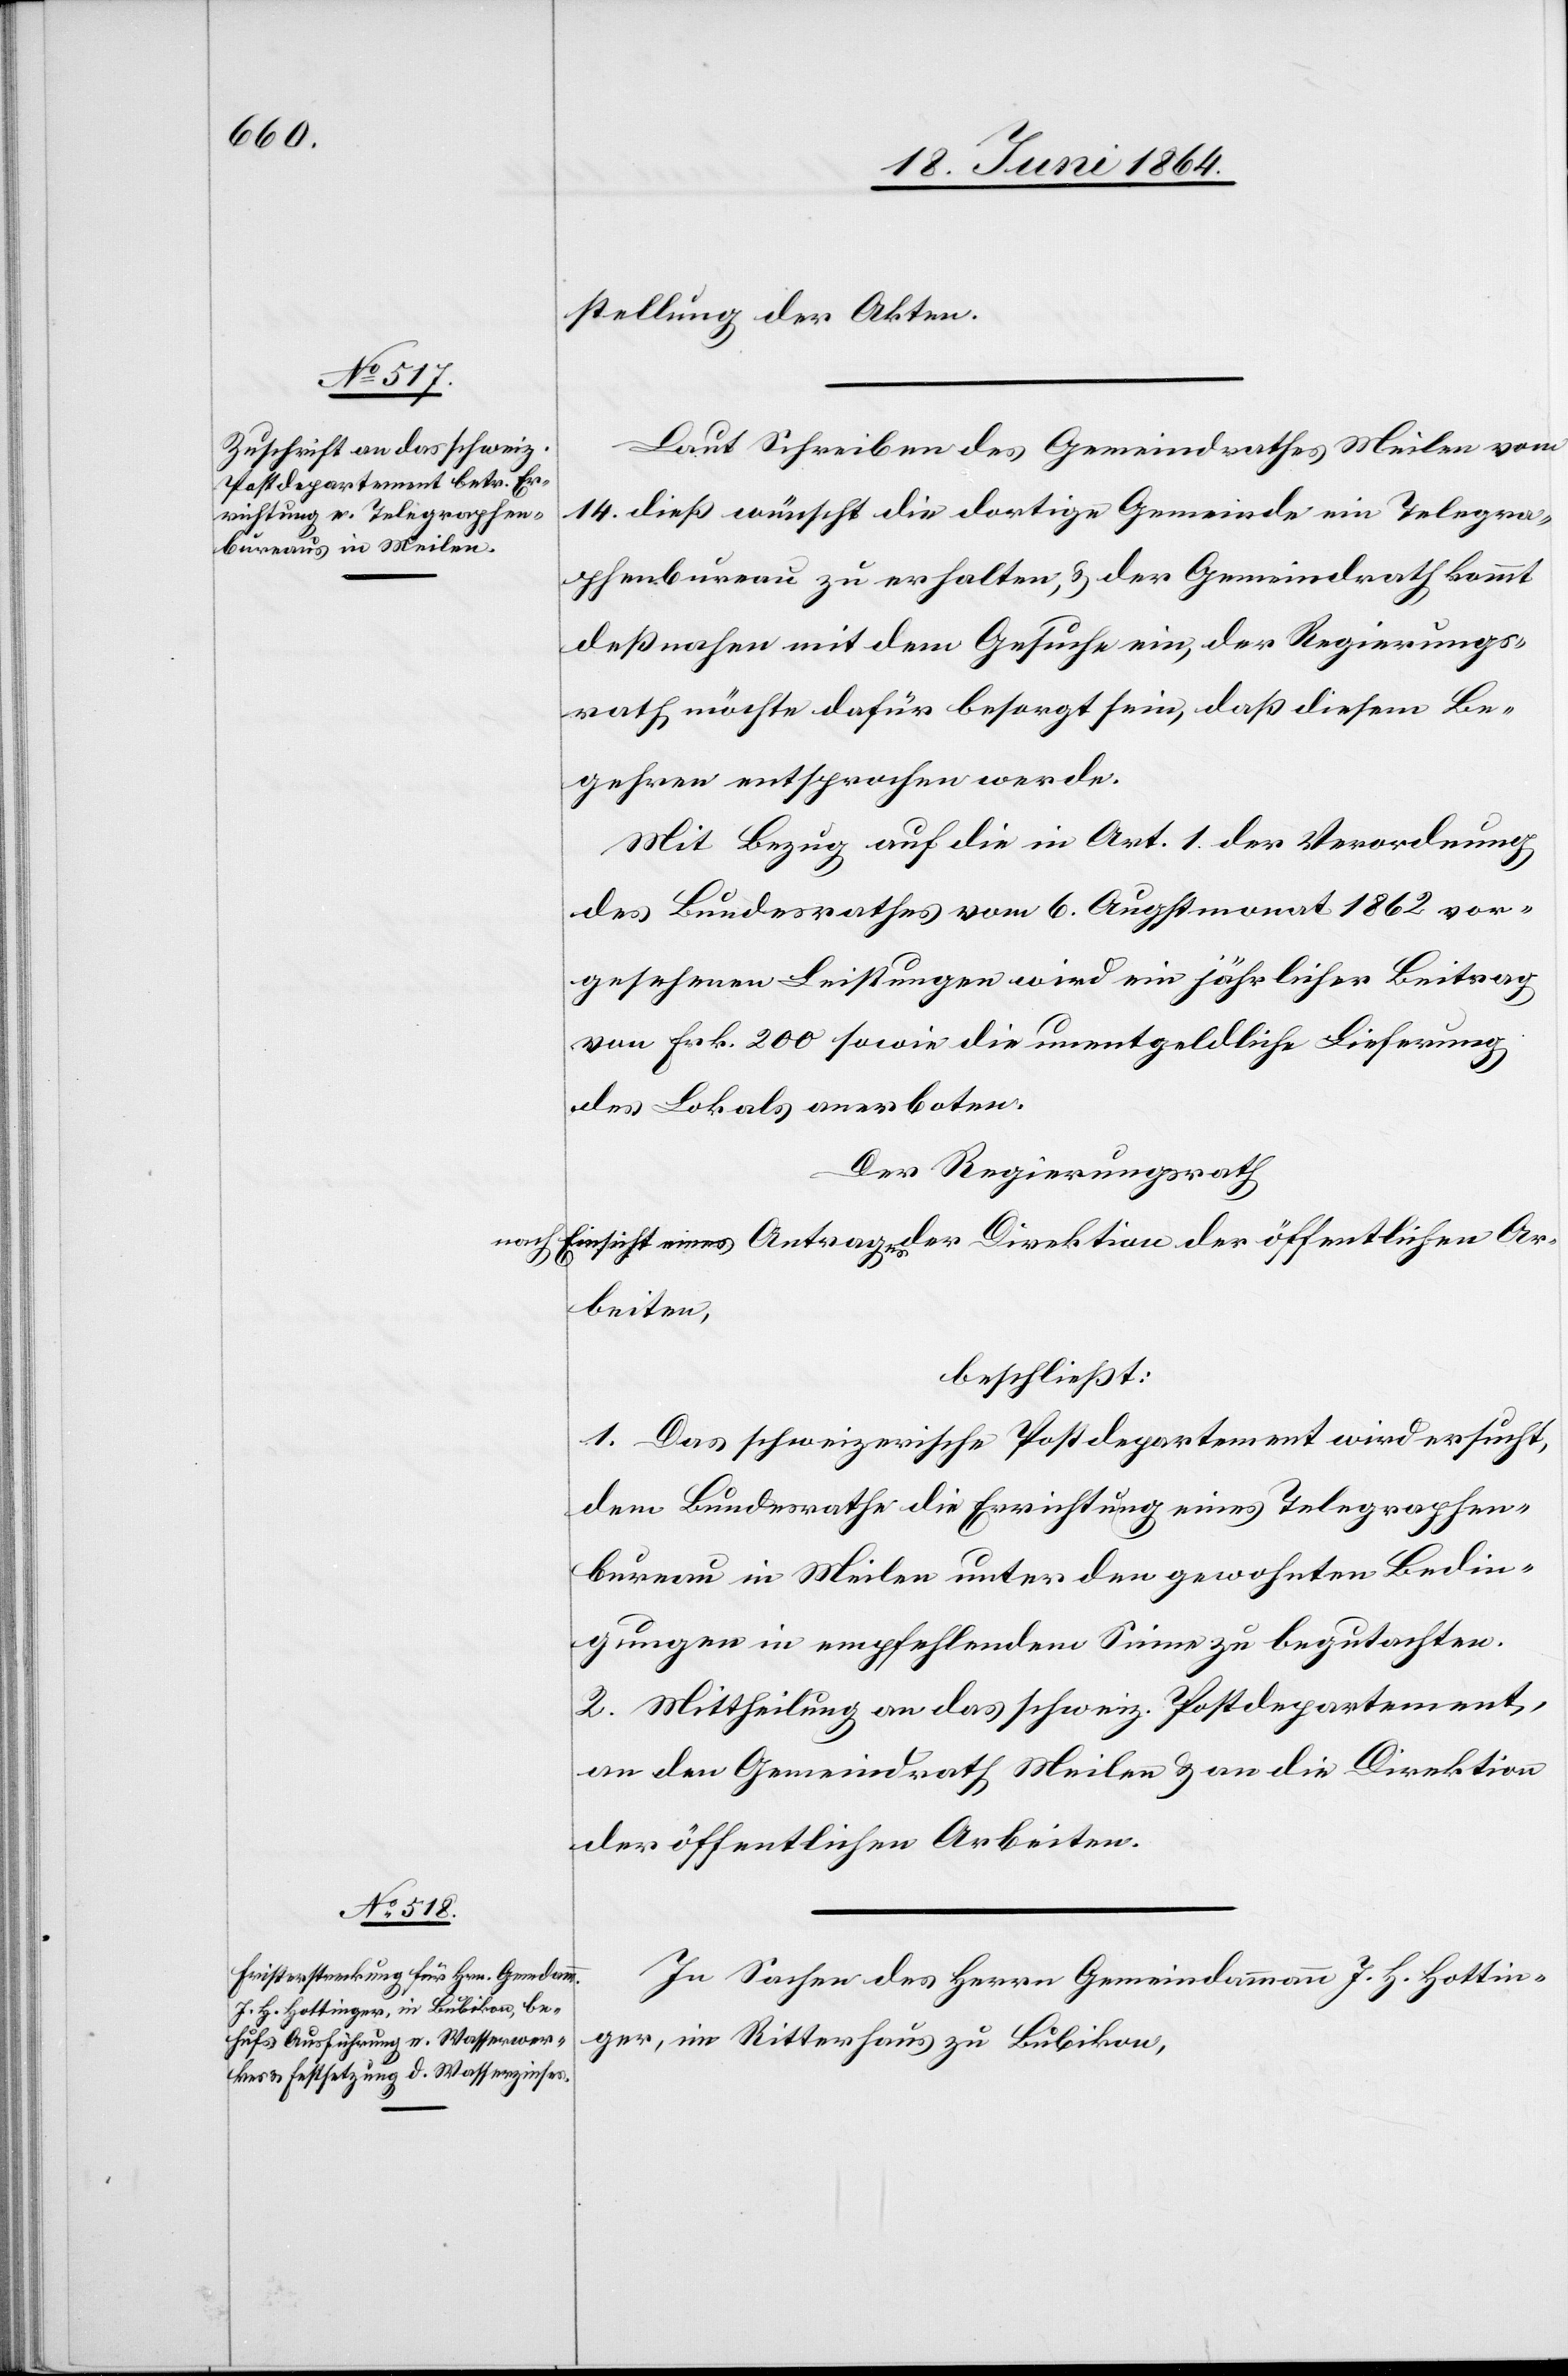
stellung der Akten.
Laut Schreiben des Gemeindrathes Meilen vom
14. dieß wünscht die dortige Gemeinde ein Telegra¬
phenbureau zu erhalten, u. der Gemeindrath kommt
deßnahen mit dem Gesuche ein, der Regierungs¬
rath möchte dafür besorgt sein, daß diesem Be¬
gehren entsprochen werde.
Mit Bezug auf die in Art. 1 der Verordnung
des Bundesrathes vom 6. Augstmonat 1862 vor¬
gesehenen Leistungen wird ein jährlicher Beitrag
von Frk. 200 sowie die unentgeldliche Lieferung
des Lokals anerboten.
Der Regierungsrath
nach Einsicht eines Antrages der Direktion der öffentlichen Ar¬
beiten,
beschließt:
1. Das schweizerische Postdepartement wird ersucht,
dem Bundesrathe die Errichtung eines Telegraphen¬
bureau in Meilen unter den gewohnten Bedin¬
gungen in empfehlendem Sinne zu begutachten.
2. Mittheilung an das schweiz. Postdepartement,
an den Gemeindrath Meilen u. an die Direktion
der öffentlichen Arbeiten.
In Sachen des Herrn Gemeindammann J. H. Hottin¬
ger, im Ritterhaus zu Bubikon,